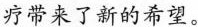
疗带来了新的希望。